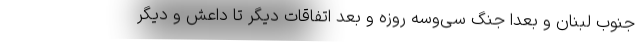
جنوب لبنان و بعدا جنگ سی‌وسه روزه و بعد اتفاقات دیگر تا داعش و دیگر